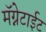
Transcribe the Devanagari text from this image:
मॅग्नेटाईट